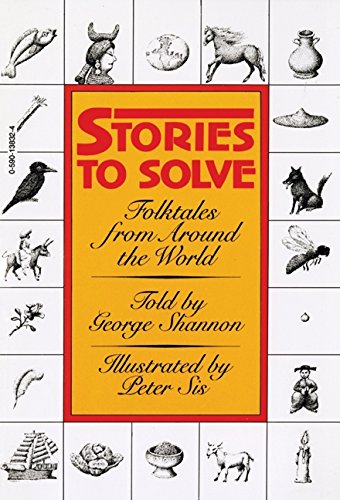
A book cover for Stories to Solve; George Shannon; Children's Books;